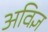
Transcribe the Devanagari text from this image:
अविज्ञ